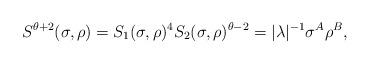
LaTeX: \begin{align*}S^{\theta+2}(\sigma,\rho)=S_1(\sigma,\rho)^4S_2(\sigma,\rho)^{\theta -2}=|\lambda|^{-1}\sigma^A\rho^B,\end{align*}